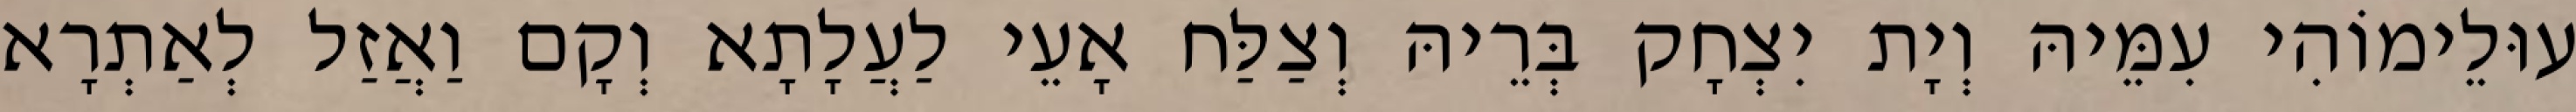
עוּלֵימוֹהִי עִמֵּיהּ וְיָת יִצְחָק בְּרֵיהּ וְצַלַּח אָעֵי לַעֲלָתָא וְקָם וַאֲזַל לְאַתְרָא